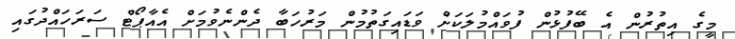
މީގެ އިތުރުން އެ ބޭފުޅުން ފުވައްމުލަކަށް ވަޑައިގަތުމުން މަރުހަބާ ދެންނެވުމަށް އެއާޕޯޓް ސަރަހައްދުގައި